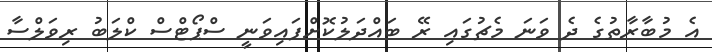
އެ މުބާރާތުގެ ދެ ވަނަ މެޗުގައި ރޭ ބައްދަލުކޮށްފައިވަނީ ސްޕޯޓްސް ކްލަބު ރިވަލްސާ